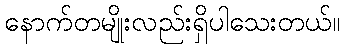
နောက်တမျိုးလည်းရှိပါသေးတယ်။